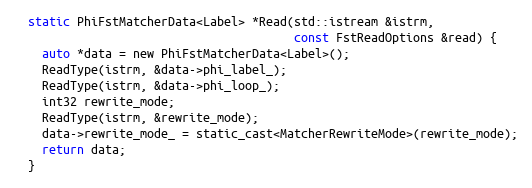
Language: C
  static PhiFstMatcherData<Label> *Read(std::istream &istrm,
                                        const FstReadOptions &read) {
    auto *data = new PhiFstMatcherData<Label>();
    ReadType(istrm, &data->phi_label_);
    ReadType(istrm, &data->phi_loop_);
    int32 rewrite_mode;
    ReadType(istrm, &rewrite_mode);
    data->rewrite_mode_ = static_cast<MatcherRewriteMode>(rewrite_mode);
    return data;
  }